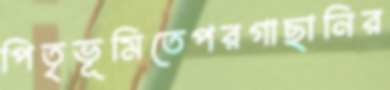
পিতৃভূমিতেপরগাছানির